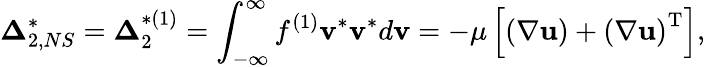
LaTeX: {\boldsymbol{\Delta}}_{2,NS}^{*}={\boldsymbol{\Delta}}_{2}^{*(1)}=\int_{-\infty}^{\infty}{{f^{(1)}}{{\mathbf{v}}^{*}}{{\mathbf{v}}^{*}}d{\mathbf{v}}}=-\mu\left[{\left({\nabla{\mathbf{u}}}\right)+{{\left({\nabla{\mathbf{u}}}\right)}^{\mathrm{{T}}}}}\right],